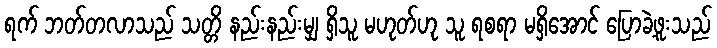
ရက် ဘတ်တလာသည် သတ္တိ နည်းနည်းမျှ ရှိသူ မဟုတ်ဟု သူ ရစရာ မရှိအောင် ပြောခဲ့ဖူးသည်